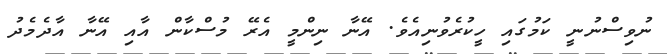
ނުވިސްނުނީ ކަމުގައި ހީކުރެވުނިއެވެ. އޭނާ ނިންމީ އެރޭ މުސްކާން އާއި އޭނާ އާދެމެދު